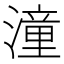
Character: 潼